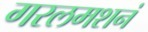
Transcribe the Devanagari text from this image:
गरलमशनं